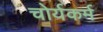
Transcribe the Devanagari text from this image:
चोर्यकर्म